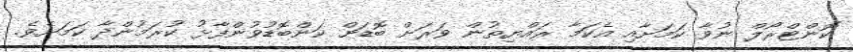
ކޮންޓްރޯލް ނުވާ ކަމަށާއި އެކަމާ ރައްޔިތުން ވަރަށް ބޮޑަށް ކަންބޮޑުވުންފާޅު ކުރަމުންދާ ކަމަށެވެ.